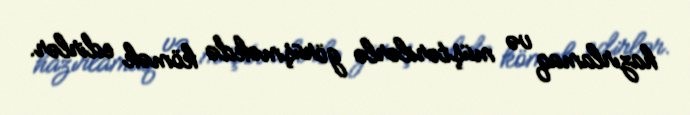
hazırlamaq və müştərilərlə görüşməkdə kömək edirlər.